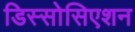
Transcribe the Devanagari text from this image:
डिस्सोसिएशन